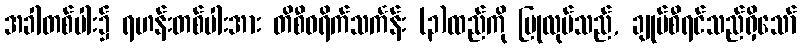
အခါတစ်ပါး၌ ရဟန်းတစ်ပါးအား တိစီဝရိက်သင်္ကန်း (၃)ထည်ကို ပြုလုပ်သည်, ချုပ်စီရင်သည်ရှိသော်